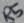
Text: R5